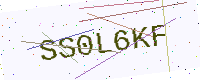
Text: SS0L6KF